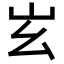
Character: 𡵏